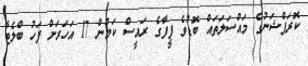
ކޮރަޕްޝަނުގެ މައްސަލަތައް ބޮޑުވެ ފީފާގެ ރައީސް ކަމުން 17 އަހަރަށް ފަހު ބްލެޓާ